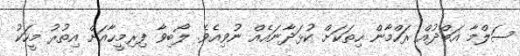
ސަލްމާ އަބްދުއް ރަހްމާން ހިތަކަށް ކުޅަދާނައެއް ނުވިއެވެެ. ލޯބިވާ ފިރިމީހާއަށް އިތުރު މީހަކު